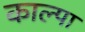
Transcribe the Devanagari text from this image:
काल्पा